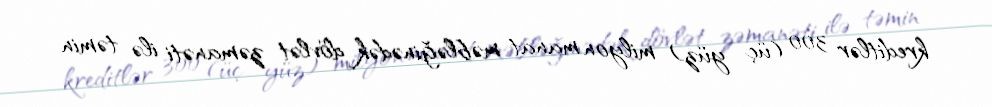
kreditlər 300 (üç yüz) milyon manat məbləğinədək dövlət zəmanəti ilə təmin